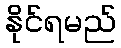
နိုင်ရမည်